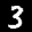
Label: 3